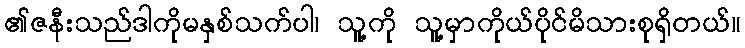
၏ဇနီးသည်ဒါကိုမနှစ်သက်ပါ၊ သူ့ကို သူ့မှာကိုယ်ပိုင်မိသားစုရှိတယ်။